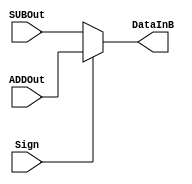
module mux(input [7:0]ADDOut,input [7:0]SUBOut,input Sign,output [7:0]DataInB);

assign DataInB=Sign ? ADDOut : SUBOut;
endmodule